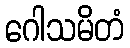
ဂေါသမိတံ